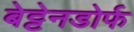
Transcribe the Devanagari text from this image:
बेट्टेनडोर्फ